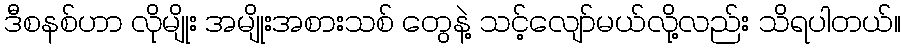
ဒီစနစ်ဟာ လိုမျိုး အမျိုးအစားသစ် တွေနဲ့ သင့်လျော်မယ်လို့လည်း သိရပါတယ်။